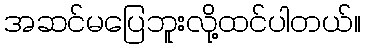
အဆင်မပြေဘူးလို့ထင်ပါတယ်။